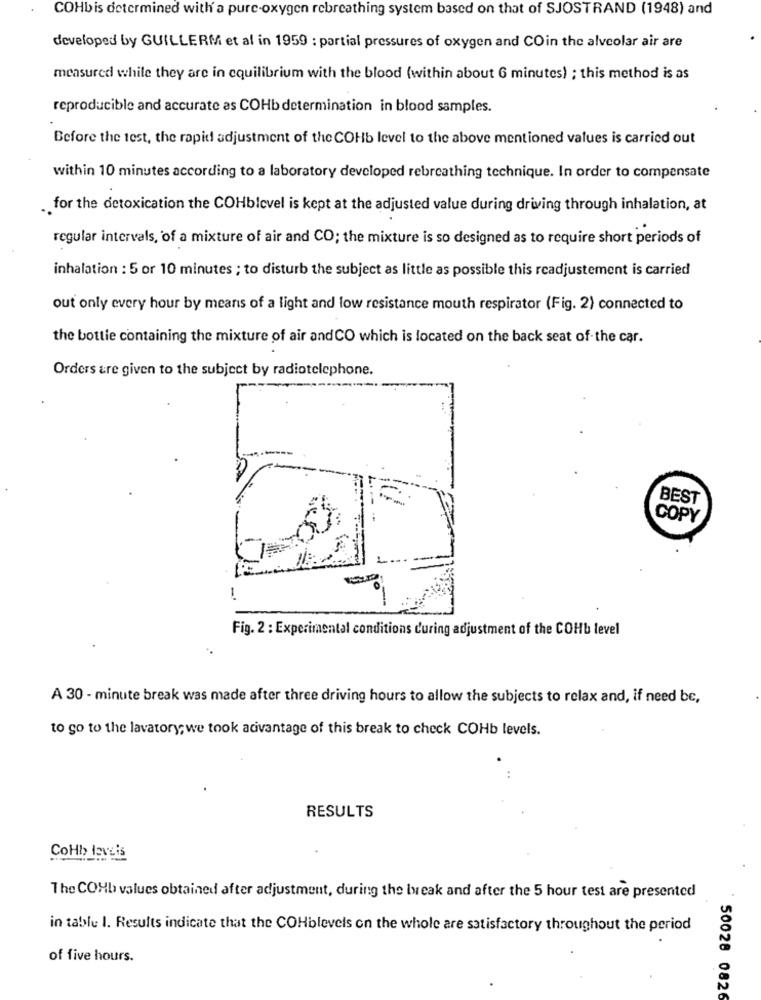
COHbis determined with a pure-oxygen rebreathing system based on that of SJOSTRAND (1948) and
developed by GUILLERM et al in 1959 : partial pressures of oxygen and COin the alveolar air are
measured while they are in equilibrium with the blood (within about 6 minutes) ; this method is as
reproducible and accurate as COHb determination in blood samples.
Before the test, the rapid adjustment of the COHb level to the above mentioned values is carried out
within 10 minutes according to a laboratory developed rebreathing technique. In order to compensate
for the detoxication the COHblevel is kept at the adjusted value during driving through inhalation, at
regular intervals, of a mixture of air and CO; the mixture is so designed as to require short periods of
inhalation : 5 or 10 minutes ; to disturb the subject as little as possible this readjustement is carried
out only every hour by means of a light and low resistance mouth respirator (Fig. 2) connected to
the bottle containing the mixture of air and CO which is located on the back seat of the car.
Orders are given to the subject by radiotelephone.
BEST
COPY
Fig. 2 : Experimental conditions d'uring adjustment of the COHb level
A 30 - minute break was made after three driving hours to allow the subjects to relax and, if need be,
to go to the lavatory; we took acivantage of this break to check COHb levels.
RESULTS
CoHb leveis
The COHb values obtained after adjustment, during the lweak and after the 5 hour test are presented
in table I. Results indicate that the COHblevels on the whole are satisfactory throughout the period
of five hours.
50028 0826